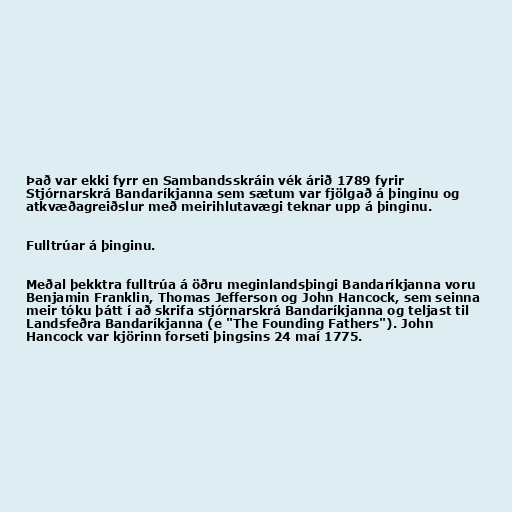
Það var ekki fyrr en Sambandsskráin vék árið 1789 fyrir
Stjórnarskrá Bandaríkjanna sem sætum var fjölgað á þinginu og
atkvæðagreiðslur með meirihlutavægi teknar upp á þinginu.

Fulltrúar á þinginu.

Meðal þekktra fulltrúa á öðru meginlandsþingi Bandaríkjanna voru
Benjamin Franklin, Thomas Jefferson og John Hancock, sem seinna
meir tóku þátt í að skrifa stjórnarskrá Bandaríkjanna og teljast til
Landsfeðra Bandaríkjanna (e "The Founding Fathers"). John
Hancock var kjörinn forseti þingsins 24 maí 1775.